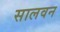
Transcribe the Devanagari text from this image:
सालवन